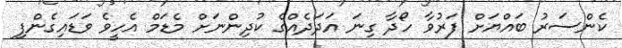
ކެންސަރު ބައްޔަށް ފަރުވާ ހޯދާ ގިނަ އަދަދެއްގެ ކުދިންނަށް މެޑަމް އެހީވެ ވަޑައިގެންފި